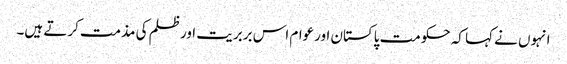
انہوں نے کہا کہ حکومت پاکستان اورعوام اس بربریت اورظلم کی مذمت کرتے ہیں۔